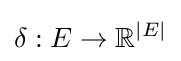
\delta :E\rightarrow \mathbb {R} ^{|E|}